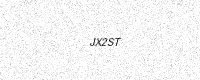
Text: JX2ST